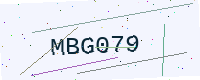
Text: MBG079